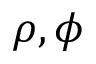
\rho , \phi